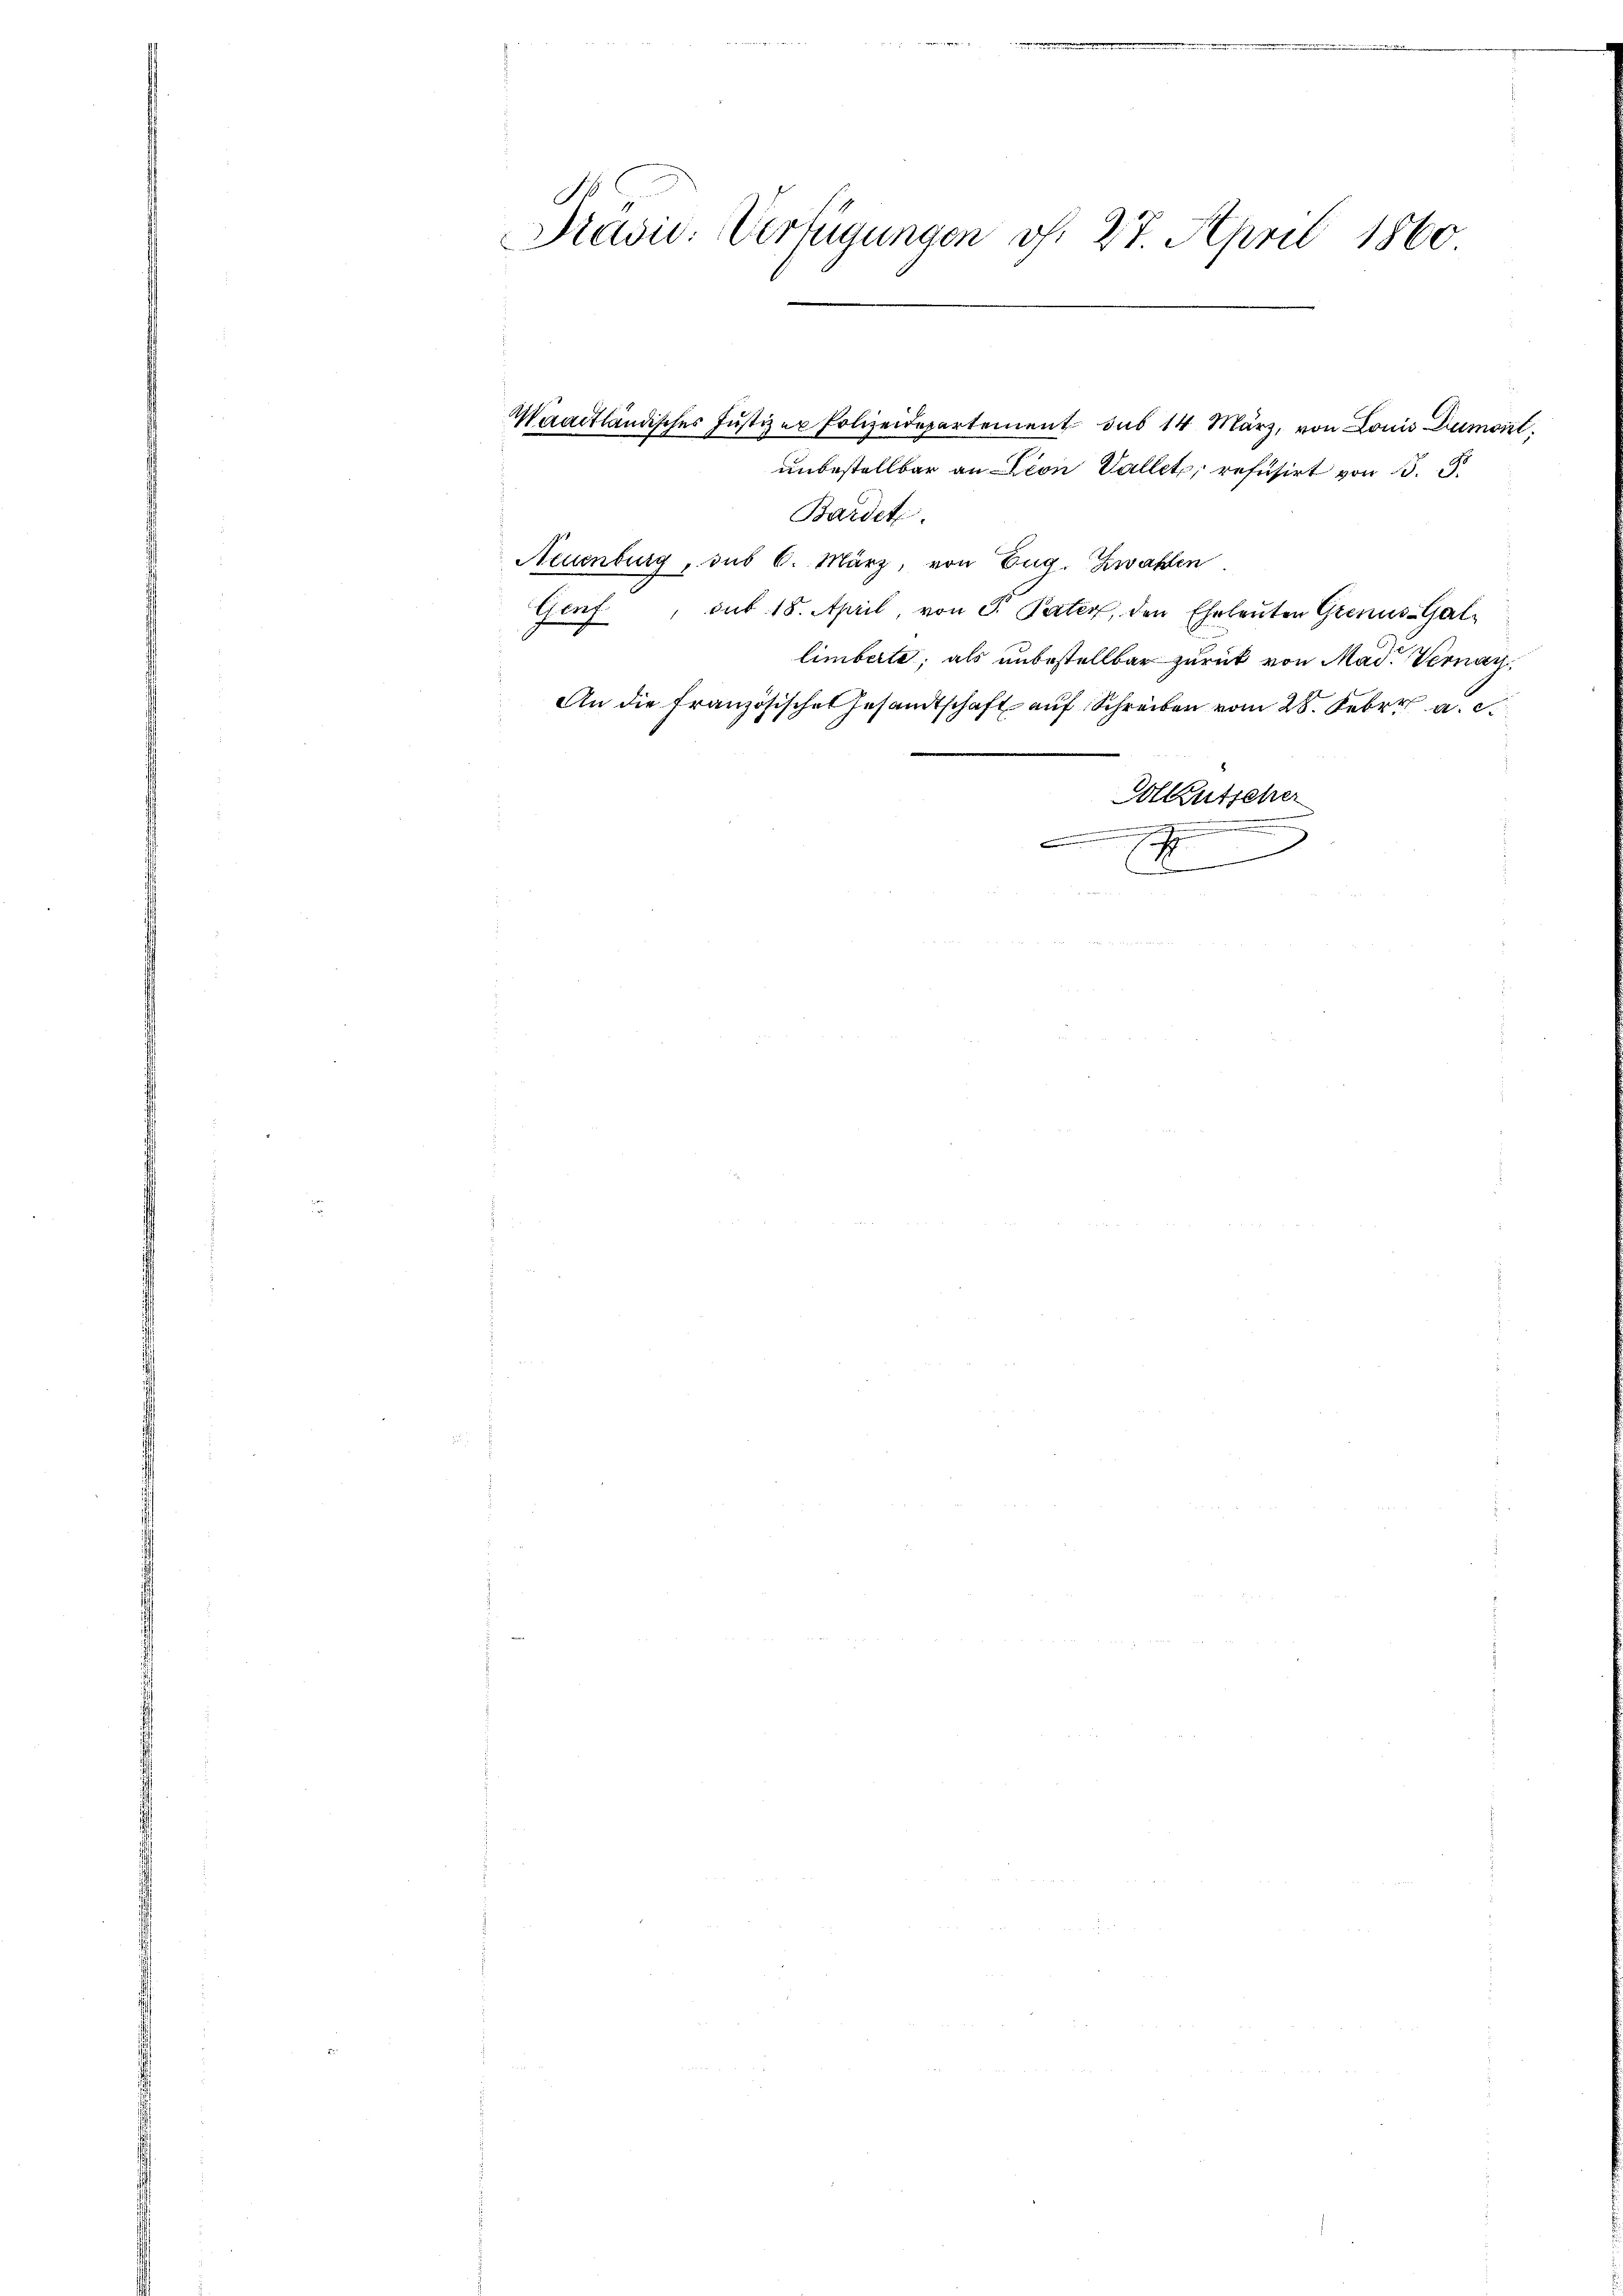
Präsid: Verfügungen f. 27. April 1860

Maadtländischer Justiz ex Polizeidepartement das 14 März, von Louis Dumont,
unbestellbar an Dion Vallete, refusirt von B. G.
Bardete.
Neuenburg, das 6. März, von Eug. Zwahlen
Genf, sub. 18. April, von P. Pater, den Eheleuten Genus-Gal-
limberte, als unbestellbar zurück von Mad. Vernach
An die Französisches Gesandtschaft auf Schreiben vom 28. Febr. a. c.
Solkutscher
e
¬
.
J
d